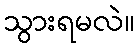
သွားရမလဲ။